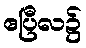
ဧပြီလ၌